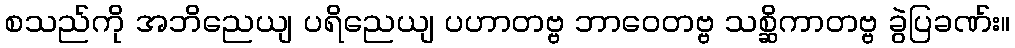
စသည်ကို အဘိညေယျ ပရိညေယျ ပဟာတဗ္ဗ ဘာဝေတဗ္ဗ သစ္ဆိကာတဗ္ဗ ခွဲပြခဏ်း။